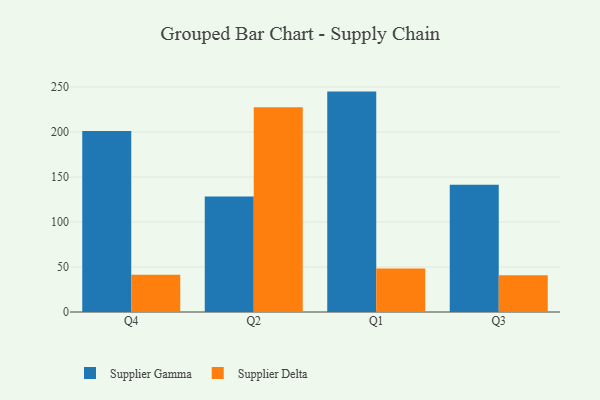
{"axis": {"x": "Quarter", "y": "Latency (ms)"}, "legend": ["Supplier Delta", "Supplier Gamma"], "data": [{"x": "Q4", "y": 201.1, "type": "Supplier Gamma"}, {"x": "Q4", "y": 41.3, "type": "Supplier Delta"}, {"x": "Q2", "y": 128.3, "type": "Supplier Gamma"}, {"x": "Q2", "y": 227.6, "type": "Supplier Delta"}, {"x": "Q1", "y": 244.9, "type": "Supplier Gamma"}, {"x": "Q1", "y": 48.2, "type": "Supplier Delta"}, {"x": "Q3", "y": 141.3, "type": "Supplier Gamma"}, {"x": "Q3", "y": 40.7, "type": "Supplier Delta"}]}